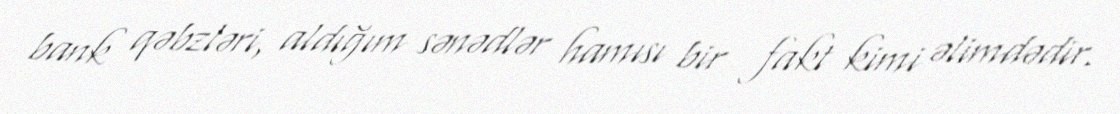
bank qəbzləri, aldığım sənədlər hamısı bir fakt kimi əlimdədir.